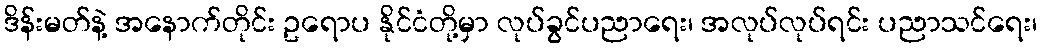
ဒိန်းမတ်နဲ့ အနောက်တိုင်း ဥရောပ နိုင်ငံတို့မှာ လုပ်ခွင်ပညာရေး၊ အလုပ်လုပ်ရင်း ပညာသင်ရေး၊